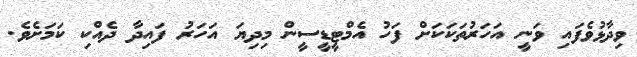
ވިދާޅުވެފައި ވަނީ އަހަރުތަކަކަށް ފަހު އެމްޓީޑީސީން މިދިޔަ އަހަރު ފައިދާ ދެއްކި ކަމަށެވެ.